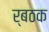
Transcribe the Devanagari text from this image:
र्बठक